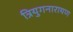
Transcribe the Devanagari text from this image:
त्रियुगनारायण